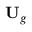
\mathbf { U } _ { g }